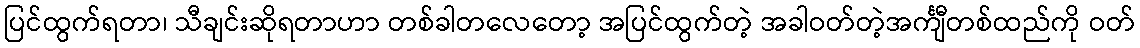
ပြင်ထွက်ရတာ၊ သီချင်းဆိုရတာဟာ တစ်ခါတလေတော့ အပြင်ထွက်တဲ့ အခါဝတ်တဲ့အင်္ကျီတစ်ထည်ကို ဝတ်